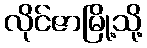
လိုင်ဇာမြို့သို့